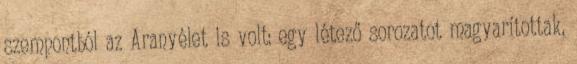
szempontból az Aranyélet is volt: egy létező sorozatot magyarítottak,